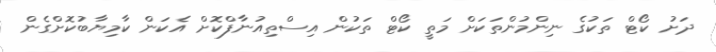
ދަށު ކޯޓް ތަކުގެ ނިންމުންތަކަށް މަތީ ކޯޓް ތަކުން އިސްތިއުނާފްކޮށް އެކަން ކާމިޔާބުކޮށްގެން